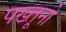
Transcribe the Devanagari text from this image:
पख्तूनो